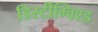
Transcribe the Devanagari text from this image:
डिस्टींग्विश्ड